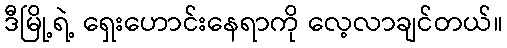
ဒီမြို့ရဲ့ ရှေးဟောင်းနေရာကို လေ့လာချင်တယ်။